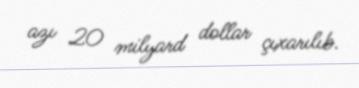
azı 20 milyard dollar çıxarılıb.